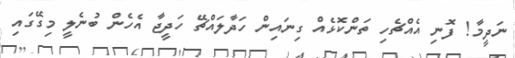
ނަދީމާ! ފޮނި އެއްޗެހި ތަންކޮޅެއް ގިނައިން ހަދާލައްޗޭ ހަދީޖާ އެހެން ބުނެލީ މިގޭގައި